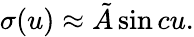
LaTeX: \sigma(u)\approx\tilde{A}\sin cu.